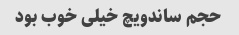
حجم ساندویچ خیلی خوب بود